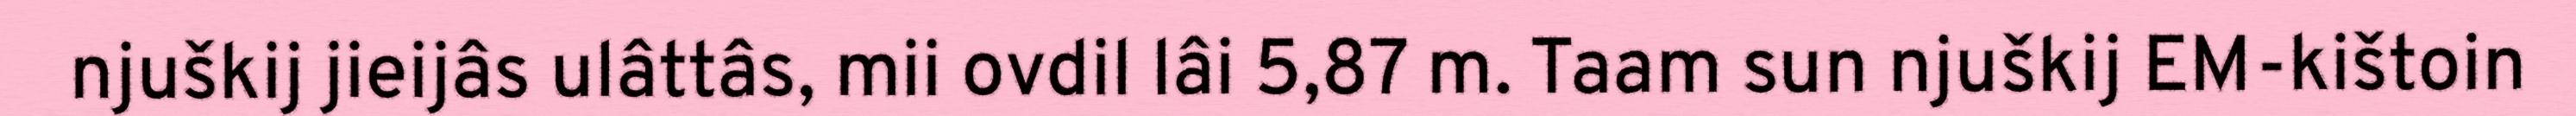
njuškij jieijâs ulâttâs, mii ovdil lâi 5,87 m. Taam sun njuškij EM-kištoin